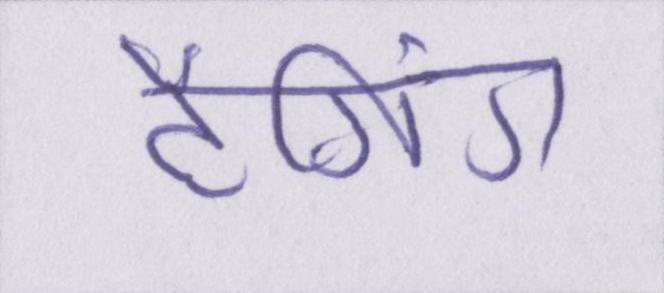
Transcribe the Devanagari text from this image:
टैगिंग